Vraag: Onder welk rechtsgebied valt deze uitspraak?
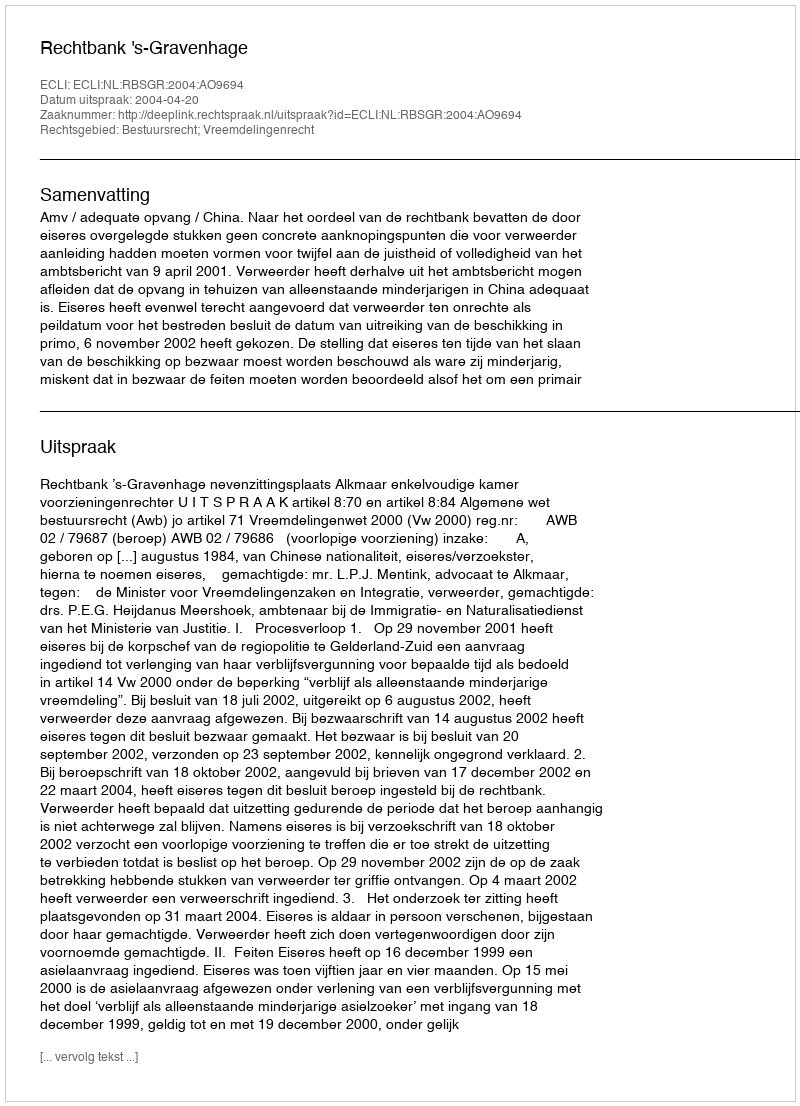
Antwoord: Bestuursrecht; Vreemdelingenrecht